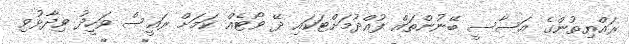
ރައްޔިތުންގެ އަސާސީ ބޭނުންތައް ފުއްދުމަށްޓަކައި ދޭ ވޯޓެއް ކަމަށް ރައީސް ވަހީދު ވިދާޅުވި